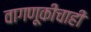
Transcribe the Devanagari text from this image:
वागणूकीचाही